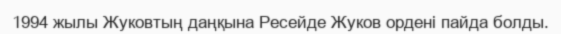
1994 жылы Жуковтың даңқына Ресейде Жуков ордені пайда болды.